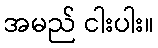
အမည် ငါးပါး။